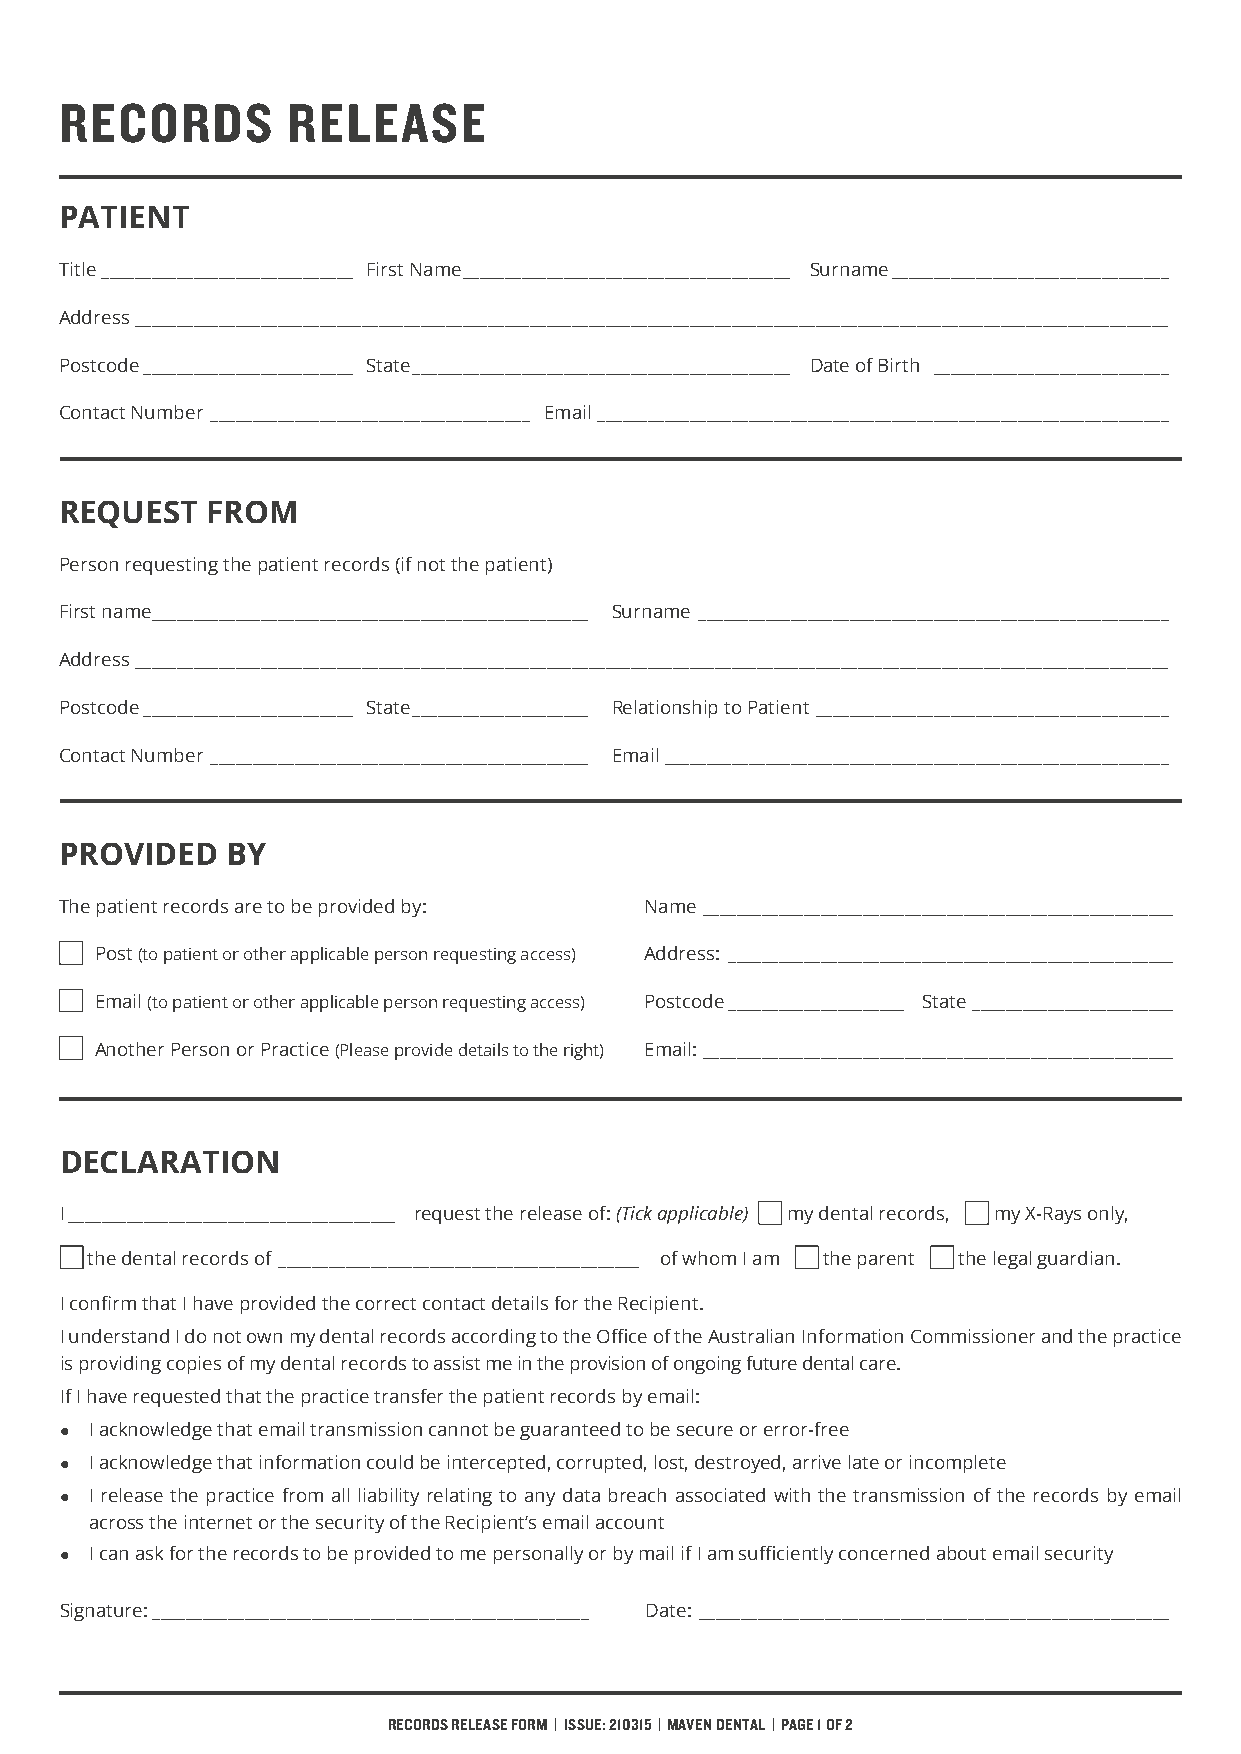
RECORDS        RELEASE
 PATIENT
 Title ______________________________ First Name _______________________________________ Surname _________________________________
 Address ___________________________________________________________________________________________________________________________
 Postcode _________________________ State _____________________________________________ Date of Birth ____________________________
 Contact Number ______________________________________ Email ____________________________________________________________________
 REQUEST   FROM
 Person requesting the patient records (if not the patient)
 First name ____________________________________________________ Surname ________________________________________________________
 Address ___________________________________________________________________________________________________________________________
 Postcode _________________________ State _____________________ Relationship to Patient __________________________________________
 Contact Number _____________________________________________ Email ____________________________________________________________
 PROVIDED   BY
 The patient records are to be provided by: Name ________________________________________________________
 Post (to patient or other applicable person requesting access) Address: _____________________________________________________
 Email (to patient or other applicable person requesting access) Postcode _____________________ State ________________________
 Another Person or Practice (Please provide details to the right) Email: ________________________________________________________
 DECLARATION
 I _______________________________________ request the release of: (Tick applicable) my dental records, my X-Rays only,
 the dental records of ___________________________________________ of whom I am the parent the legal guardian.
 I confirm that I have provided the correct contact details for the Recipient.
 I understand I do not own my dental records according to the Office of the Australian Information Commissioner and the practice
 is providing copies of my dental records to assist me in the provision of ongoing future dental care.
 If I have requested that the practice transfer the patient records by email:
 z I acknowledge that email transmission cannot be guaranteed to be secure or error-free
 z I acknowledge that information could be intercepted, corrupted, lost, destroyed, arrive late or incomplete
 z I release the practice from all liability relating to any data breach associated with the transmission of the records by email
 across the internet or the security of the Recipient’s email account
 z I can ask for the records to be provided to me personally or by mail if I am sufficiently concerned about email security
 Signature: ____________________________________________________ Date: ________________________________________________________
 RECORDS RELEASE FORM | ISSUE: 210315 | MAVEN DENTAL | PAGE 1 OF 2